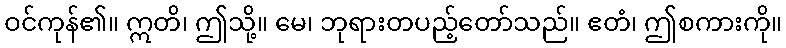
ဝင်ကုန်၏။ ဣတိ၊ ဤသို့။ မေ၊ ဘုရားတပည့်တော်သည်။ ဧတံ၊ ဤစကားကို။